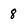
Character: 8